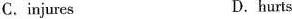
C.injures D.hurts